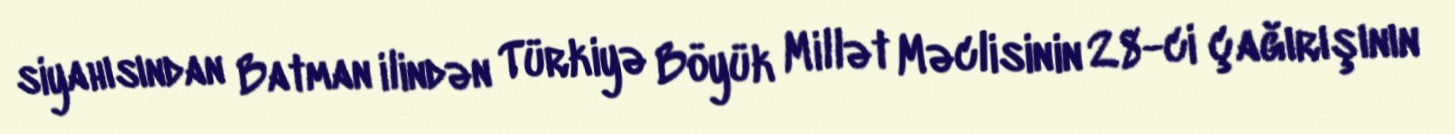
siyahısından Batman ilindən Türkiyə Böyük Millət Məclisinin 28-ci çağırışının